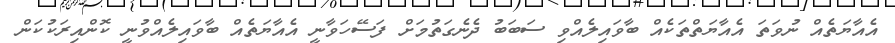
އެއާޔަތެއް ނުވަތަ އެއާޔަތްތަކެއް ބާވައިލެއްވި ސަބަބު ދެނެގަތުމަށް ފަސޭހަވާނީ އެއާޔަތެއް ބާވައިލެއްވުނީ ކޮންއިރަކުކަން